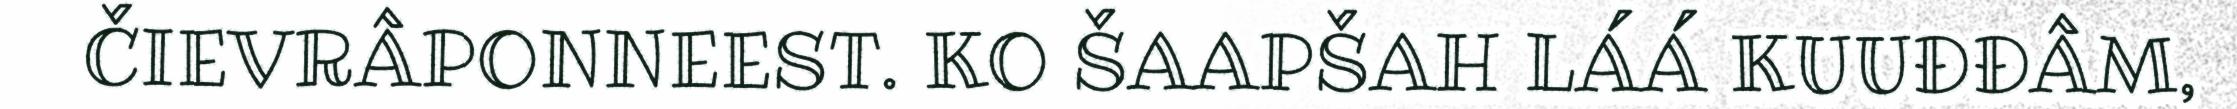
ČIEVRÂPONNEEST. KO ŠAAPŠAH LÁÁ KUUĐĐÂM,